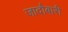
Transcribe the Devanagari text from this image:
जादौबारी